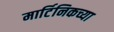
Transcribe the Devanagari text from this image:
मार्टिनिकच्या